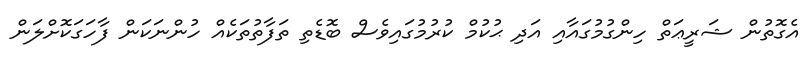
އެގޮތުން ޝަރީޢަތް ހިންގުމުގައާއި އަދި ޙުކުމް ކުރުމުގައިވެސް ބޮޑެތި ތަފާތުތަކެއް ހުންނަކަން ފާހަގަކޮށްލަން